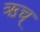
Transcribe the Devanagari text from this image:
ऋच्‌